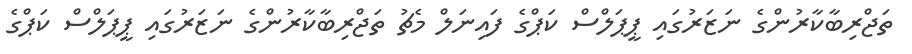
ތަޖްރިބާކާރުންގެ ނަޒަރުގައި ޕީޕަލްސް ކަޕްގެ ފައިނަލް މެޗު ތަޖްރިބާކާރުންގެ ނަޒަރުގައި ޕީޕަލްސް ކަޕްގެ